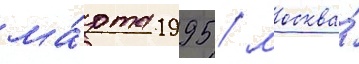
ма́рта 1995 / москва́